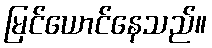
မြင်ယောင်နေသည်။